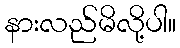
နားလည်မိလို့ပါ။